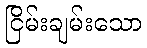
ငြိမ်းချမ်းသော